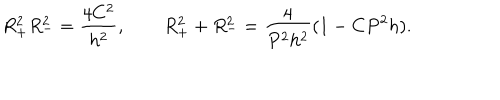
LaTeX: R _ { + } ^ { 2 } R _ { - } ^ { 2 } = \frac { 4 C ^ { 2 } } { h ^ { 2 } } , \qquad R _ { + } ^ { 2 } + R _ { - } ^ { 2 } = \frac { 4 } { P ^ { 2 } h ^ { 2 } } ( 1 - C P ^ { 2 } h ) .